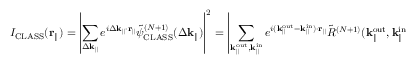
I _ { \mathrm { C L A S S } } ( \mathbf { r } _ { \parallel } ) = \left| \sum _ { \Delta \mathbf { k } _ { \parallel } } e ^ { i \Delta \mathbf { k } _ { \parallel } \cdot \mathbf { r } _ { \parallel } } \Tilde { \psi } _ { \mathrm { C L A S S } } ^ { ( N + 1 ) } ( \Delta \mathbf { k } _ { \parallel } ) \right| ^ { 2 } = \left| \sum _ { \mathbf { k } _ { \parallel } ^ { \mathrm { o u t } } , \mathbf { k } _ { \parallel } ^ { \mathrm { i n } } } e ^ { i ( \mathbf { k } _ { \parallel } ^ { \mathrm { o u t } } - \mathbf { k } _ { \parallel } ^ { \mathrm { i n } } ) \cdot \mathbf { r } _ { \parallel } } \Tilde { R } ^ { ( N + 1 ) } ( { \mathbf { k } _ { \parallel } ^ { \mathrm { o u t } } } , \mathbf { k } _ { \parallel } ^ { \mathrm { i n } } ) \right| ^ { 2 } .